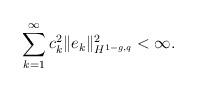
LaTeX: \begin{align*}\sum_{k=1}^{\infty}c_k^2\|e_k\|^2_{H^{1-g,q}}< \infty.\end{align*}